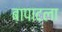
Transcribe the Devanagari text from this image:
बापाटला